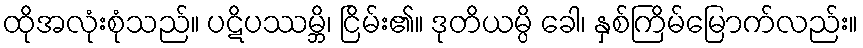
ထိုအလုံးစုံသည်။ ပဋိပဿမ္ဘိ၊ ငြိမ်း၏။ ဒုတိယမ္ပိ ခေါ၊ နှစ်ကြိမ်မြောက်လည်း။